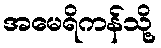
အမေရိကန်သို့